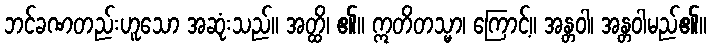
ဘင်ခဏတည်းဟူသော အဆုံးသည်။ အတ္ထိ၊ ၏။ ဣတိတသ္မာ၊ ကြောင့်။ အန္တဝါ၊ အန္တဝါမည်၏။